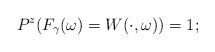
LaTeX: \begin{align*} P^z(F_\gamma(\omega)=W(\cdot,\omega))=1;\end{align*}